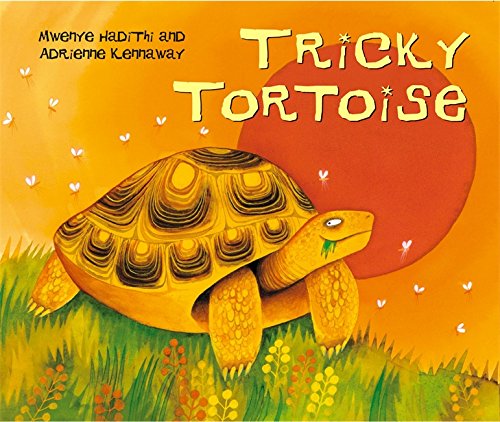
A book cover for Tricky Tortoise (African Animal Tales); Mwenye Hadithi; Children's Books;